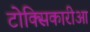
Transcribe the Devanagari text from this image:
टोक्सिकारीआ